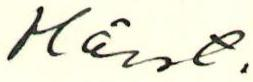
Hälst.